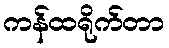
ကန်ထရိုက်တာ